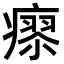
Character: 𤹭